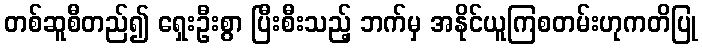
တစ်ဆူစီတည်၍ ရှေးဦးစွာ ပြီးစီးသည့် ဘက်မှ အနိုင်ယူကြစတမ်းဟုကတိပြု